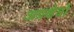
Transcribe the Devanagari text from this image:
अग्रक्षेत्रों